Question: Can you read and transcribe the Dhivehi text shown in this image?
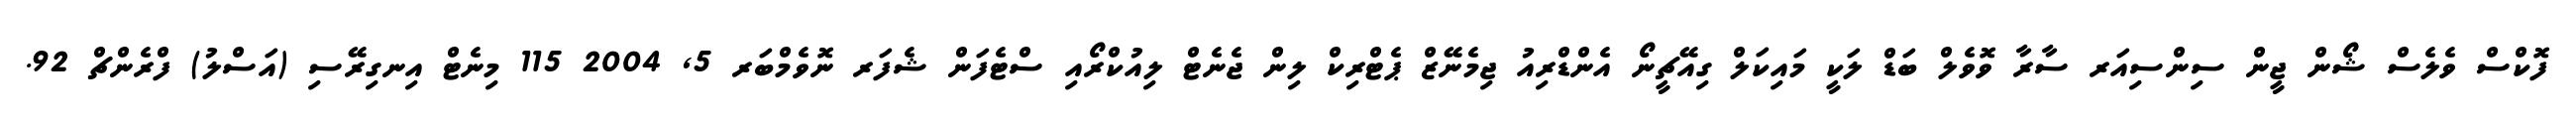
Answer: ފޮކްސް ވެލެސް ޝޯން ޖީން ސިންސިއަރ ސާރާ ވޮވެލް ބަޑް ލަކީ މައިކަލް ގިއޭޗީނޯ އެންޑްރިއު ޖިމެނޭޒް ޕެޓްރިކް ލިން ޖެނެޓް ލިއުކްރޯއި ސްޓެފަން ޝެފަރ ނޮވެމްބަރ 5, 2004 115 މިނެޓް އިނގިރޭސި (އަސްލު) ފްރެންޗް 92.